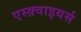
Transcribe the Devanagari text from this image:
एस्क़्वाइयर्स